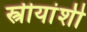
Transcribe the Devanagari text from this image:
स्त्रीयांशी